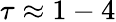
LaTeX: \tau\approx 1-4